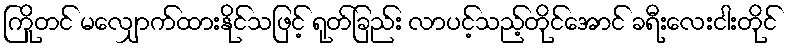
ကြိုတင် မလျှောက်ထားနိုင်သဖြင့် ရုတ်ခြည်း လာပင့်သည့်တိုင်အောင် ခရီးလေးငါးတိုင်